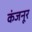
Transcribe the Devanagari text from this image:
कंजनूर